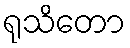
ရုသိတော